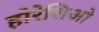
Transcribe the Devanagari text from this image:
होरेशिओ